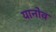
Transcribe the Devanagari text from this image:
यानोव